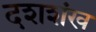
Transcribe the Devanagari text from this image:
दशशंख